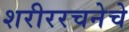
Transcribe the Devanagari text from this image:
शरीररचनेचे